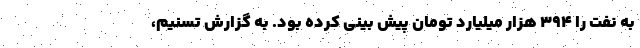
به نفت را ۳۹۴ هزار میلیارد تومان پیش بینی کرده بود. به گزارش تسنیم،